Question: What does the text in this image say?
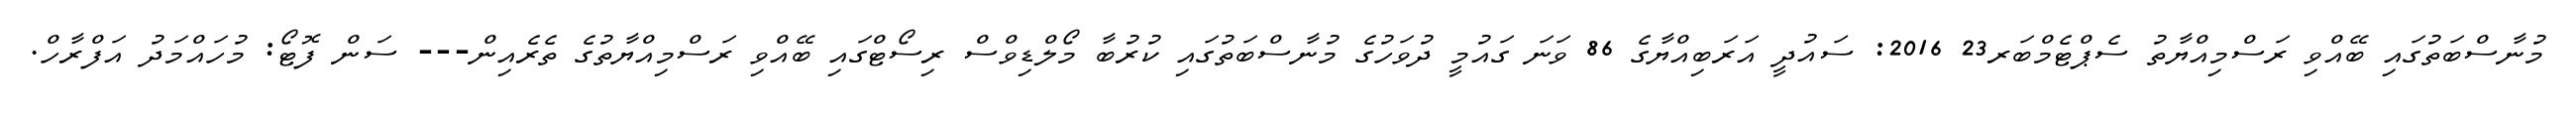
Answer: މުނާސްބަތުގައި ބޭއްވި ރަސްމިއްޔާތު ސެޕްޓެމްބަރ23 2016: ސައުދީ އަރަބިއްޔާގެ 86 ވަނަ ގައުމީ ދުވަހުގެ މުނާސްބަތުގައި ކުރުބާ މޯލްޑިވްސް ރިސޯޓްގައި ބޭއްވި ރަސްމިއްޔާތުގެ ތެރެއިން--- ސަން ފޮޓޯ: މުހައްމަދު އަފްރާހް.